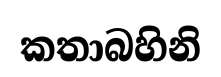
කතාබහිනි